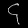
Digit: ၄